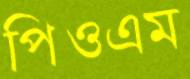
পিওএম